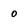
Character: 0